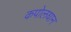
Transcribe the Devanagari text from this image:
कपोलधान